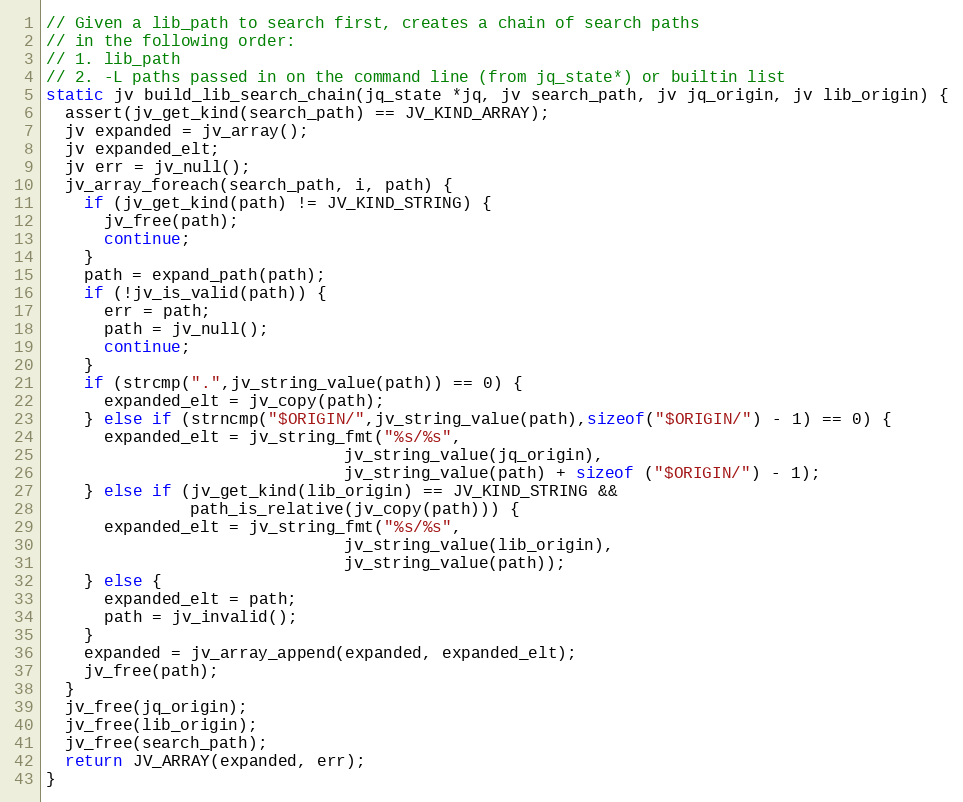
Language: C
// Given a lib_path to search first, creates a chain of search paths
// in the following order:
// 1. lib_path
// 2. -L paths passed in on the command line (from jq_state*) or builtin list
static jv build_lib_search_chain(jq_state *jq, jv search_path, jv jq_origin, jv lib_origin) {
  assert(jv_get_kind(search_path) == JV_KIND_ARRAY);
  jv expanded = jv_array();
  jv expanded_elt;
  jv err = jv_null();
  jv_array_foreach(search_path, i, path) {
    if (jv_get_kind(path) != JV_KIND_STRING) {
      jv_free(path);
      continue;
    }
    path = expand_path(path);
    if (!jv_is_valid(path)) {
      err = path;
      path = jv_null();
      continue;
    }
    if (strcmp(".",jv_string_value(path)) == 0) {
      expanded_elt = jv_copy(path);
    } else if (strncmp("$ORIGIN/",jv_string_value(path),sizeof("$ORIGIN/") - 1) == 0) {
      expanded_elt = jv_string_fmt("%s/%s",
                               jv_string_value(jq_origin),
                               jv_string_value(path) + sizeof ("$ORIGIN/") - 1);
    } else if (jv_get_kind(lib_origin) == JV_KIND_STRING &&
               path_is_relative(jv_copy(path))) {
      expanded_elt = jv_string_fmt("%s/%s",
                               jv_string_value(lib_origin),
                               jv_string_value(path));
    } else {
      expanded_elt = path;
      path = jv_invalid();
    }
    expanded = jv_array_append(expanded, expanded_elt);
    jv_free(path);
  }
  jv_free(jq_origin);
  jv_free(lib_origin);
  jv_free(search_path);
  return JV_ARRAY(expanded, err);
}